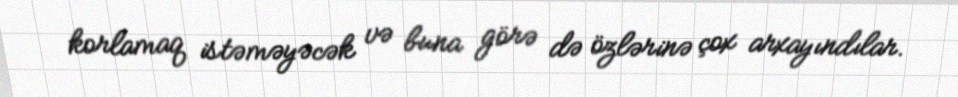
korlamaq istəməyəcək və buna görə də özlərinə çox arxayındılar.